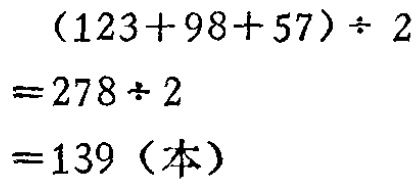
\[
\begin{align*}
&(123 + 98 + 57)\div2\\
=&278\div2\\
=&139 (\text{本})
\end{align*}
\]